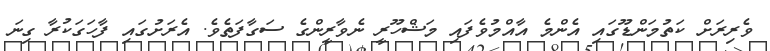
ވެރިރަށް ކަތުމަންޑޫގައި އެންމެ އާއްމުވެފައި މަޝްހޫރީ ނެވާރީންގެ ސަގާފަތެވެ. އެރަށުގައި ފާހަގަކުރާ ގިނަ